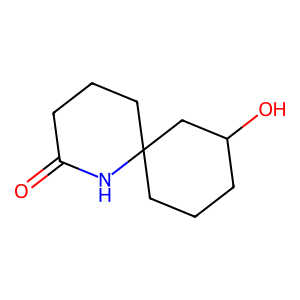
SMILES: O=C1CCCC2(CCCC(O)C2)N1
Inhibits HIV replication: No